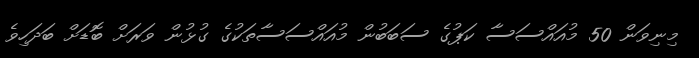
މިނިވަން 50 މުއައްސަސާ ކަޕުގެ ސަބަބުން މުއައްސަސާތަކުގެ ގުޅުން ވަރަށް ބޮޑަށް ބަދަހިވެ